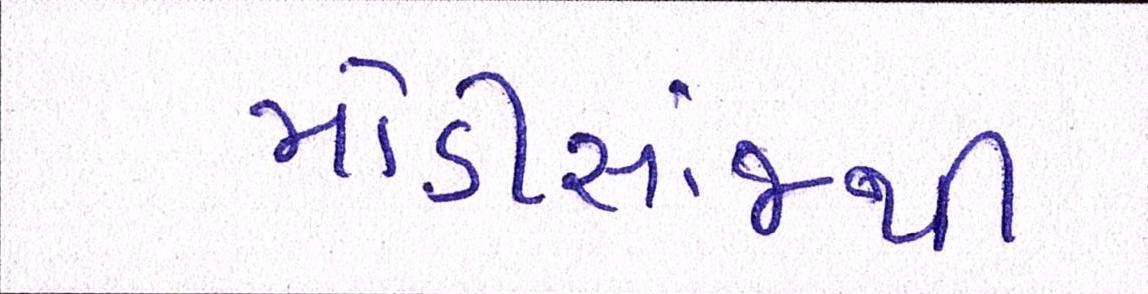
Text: મોડીસાંજથી